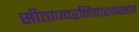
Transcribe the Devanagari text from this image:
सीताज्वरनिवारणस्तोत्र